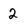
Character: 2